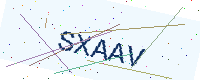
Text: SXAAV